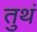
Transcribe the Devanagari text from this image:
तुथं